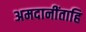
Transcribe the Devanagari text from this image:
अमदानींताहि